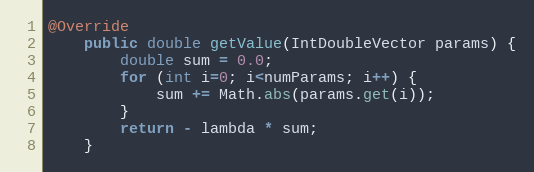
Language: Java
@Override
    public double getValue(IntDoubleVector params) {
        double sum = 0.0;
        for (int i=0; i<numParams; i++) {
            sum += Math.abs(params.get(i));
        }
        return - lambda * sum;
    }